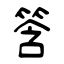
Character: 筨